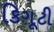
કિગૂટી